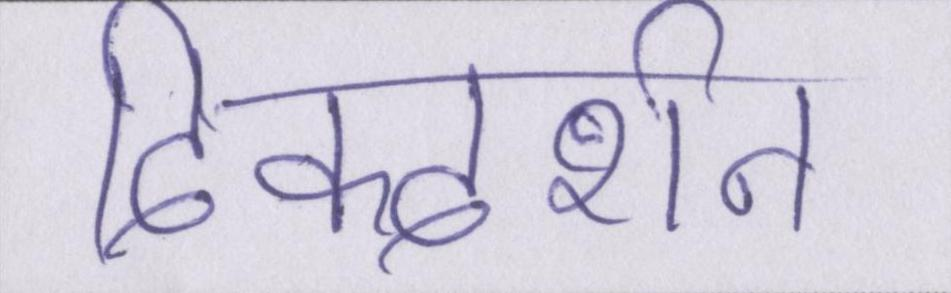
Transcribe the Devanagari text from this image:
दिक्दर्शन